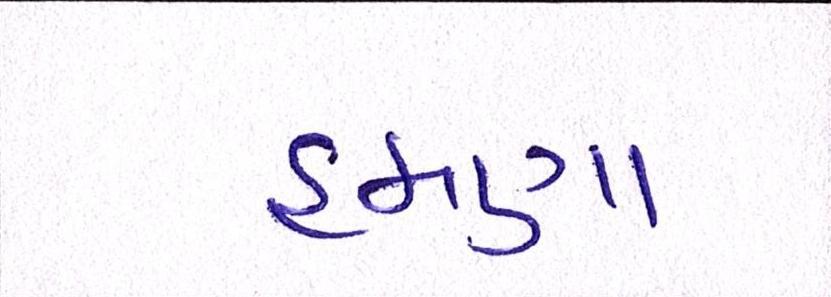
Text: હમણા